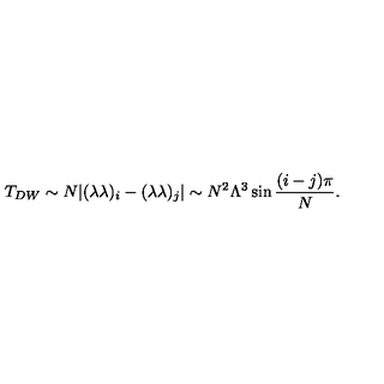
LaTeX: T _ { D W } \sim N | ( \lambda \lambda ) _ { i } - ( \lambda \lambda ) _ { j } | \sim N ^ { 2 } \Lambda ^ { 3 } \sin { { \frac { ( i - j ) \pi } { N } } } .